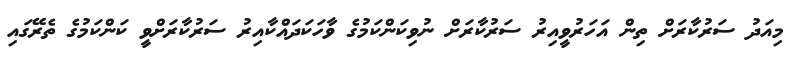
މިއަދު ސަރުކާރަށް ތިން އަހަރުވީއިރު ސަރުކާރަށް ނުވިކަންކަމުގެ ވާހަކަދައްކާއިރު ސަރުކާރަށްވީ ކަންކަމުގެ ތެރޭގައި